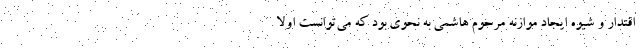
اقتدار و شیوه ایجاد موازنه مرحوم هاشمی به‌ نحوی بود که می‌توانست اولا